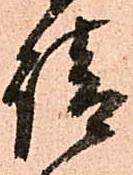
請